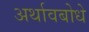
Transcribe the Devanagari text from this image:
अर्थावबोधे